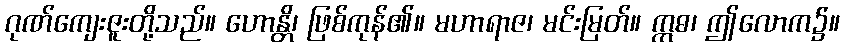
ဂုဏ်ကျေးဇူးတို့သည်။ ဟောန္တိ၊ ဖြစ်ကုန်၏။ မဟာရာဇ၊ မင်းမြတ်။ ဣဓ၊ ဤလောက၌။